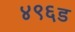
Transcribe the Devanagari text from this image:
४९६ड